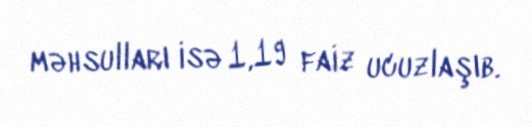
məhsulları isə 1,19 faiz ucuzlaşıb.